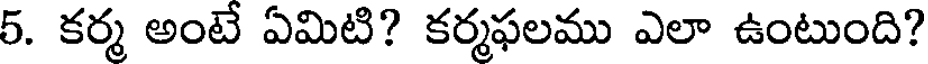
5. కర్మ అంటే ఏమిటి? కర్మఫలము ఎలా ఉంటుంది?